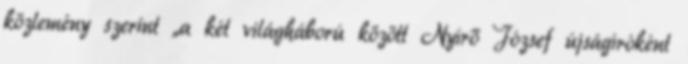
közlemény szerint „a két világháború között Nyírő József újságíróként